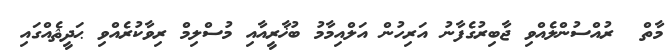
މާތް  ރުއްސުންލެއްވި ޖާބިރުގެފާނު އަރިހުން އަލްއިމާމު ބުޚާރީއާއި މުސްލިމް ރިވާކުރެއްވި ޙަދީޘެއްގައި